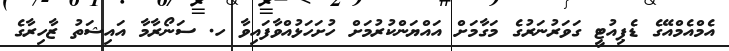
އެމްއެމްއޭގެ ޑެޕިއުޓީ ގަވަރުނަރުގެ މަގާމަށް އައްޔަންކުރުމަށް ހުށަހަޅުއްވާފައިވާ ހ. ސަނޯރާމާ އައިޝަތު ޒާހިރާގެ